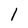
Character: 1